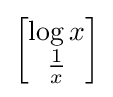
{\begin{bmatrix}\log x\\{\frac {1}{x}}\end{bmatrix}}